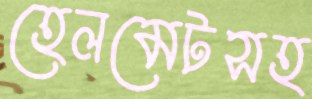
হেলমেটসহ